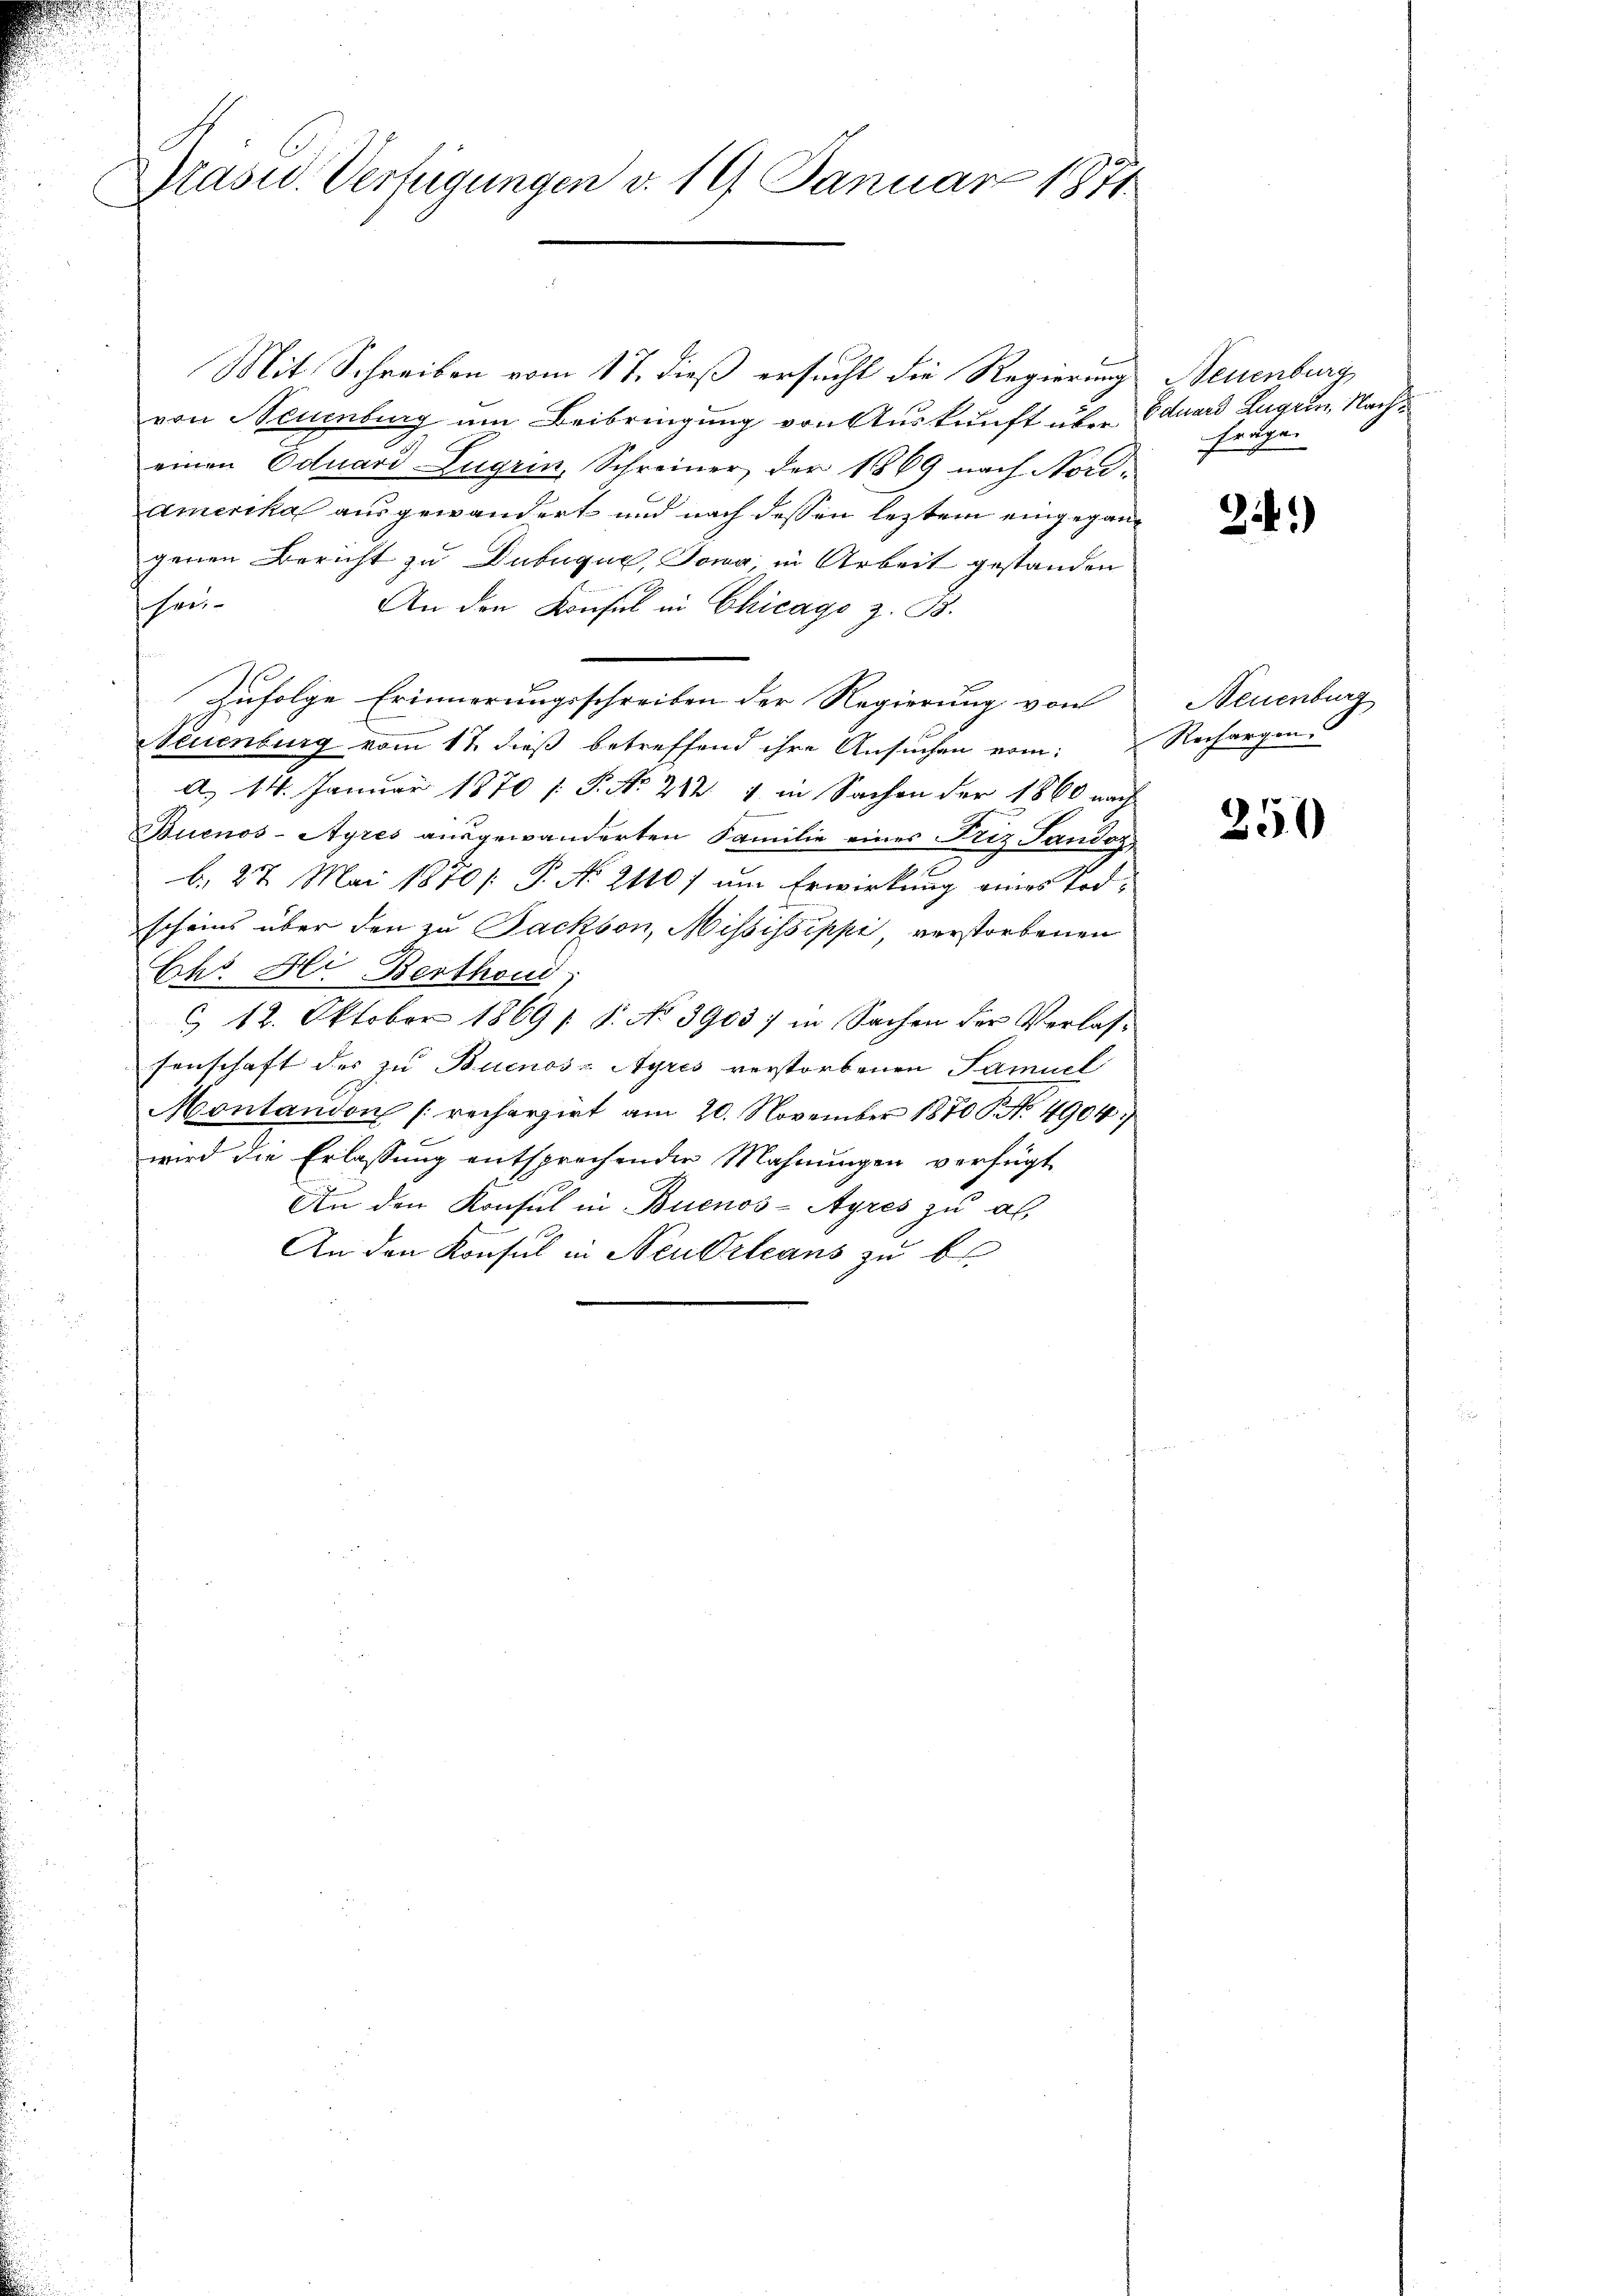
Präsid. Verfügungen d. 19 Januar 1871

Mit Schreiben vom 17. dieß ersucht die Regierung
von Neuenburg um Beibringung von Auskunft über Eduard Lager, Nacheinen Eduard Zugrin, Schreiner der 1869 nach Nordamerika ausgewandert und nach dessen letztem eingegangenen Bericht zu Dubuque, Jona, in Arbeit gestanden
schrei¬
An den Konsul in Chicago z. B.
Zufolge Erinnerungsschreiben der Regierung von
Neuenburg vom 17 dieß betreffend ihre Ansuchen vom Rechargen.
d. 14. Januar 1870 /: P. Nr. 212 4 in Sachen der 1860 nach
Buenos-Ayres ausgewanderten Familie eines Friz Sandoz
f
b. 27. Mai 1870 /: P. No 2110) um Erwirkung eines Todscheins über den zu Backson, Mississippi, verstorbenen
Chr. Hir Berthand
& 12. Oktober 1869 s. S. No 3903) in Sachen der Verlassenschaft der zu Buenos-Ayres verstorbenen Samuel
Montandon [recherzirt am 20. November 1870 P No. 4904:
wird die Erlassung entsprechender Mahnungen verfügt
An den Konsul in Buenos-Ayres zu als
An den Konsul in Neudrleans zu b

Neuenburg
fragen

24.)

Neuenburg

250